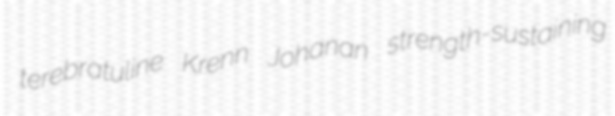
terebratuline Krenn Johanan strength-sustaining